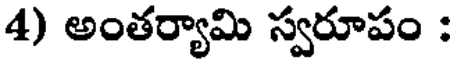
4) అంతర్యామి స్వరూపం :